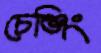
চেঞ্জিং